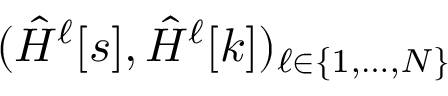
( \hat { H } ^ { \ell } [ s ] , \hat { H } ^ { \ell } [ k ] ) _ { \ell \in \{ 1 , \dots , N \} }